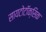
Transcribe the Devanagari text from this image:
सायटोटॉक्सिक